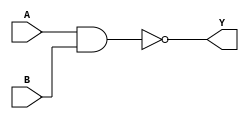
`timescale 1ns/10ps
module nand_gate_4bit (A,
                  B,
                  Y);
    input [3:0]A;
    input [3:0]B;
    output [3:0]Y;

    assign Y=~(A&B);

endmodule //nand_gate